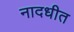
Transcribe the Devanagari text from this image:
नादधीत